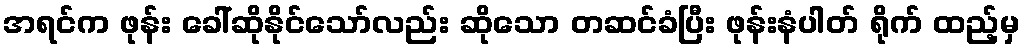
အရင်က ဖုန်း ခေါ်ဆိုနိုင်သော်လည်း ဆိုသော တဆင်ခံပြီး ဖုန်းနံပါတ် ရိုက် ထည့်မှ